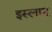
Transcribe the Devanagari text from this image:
इस्लाम्